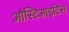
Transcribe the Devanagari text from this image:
औस्टिआइटिस